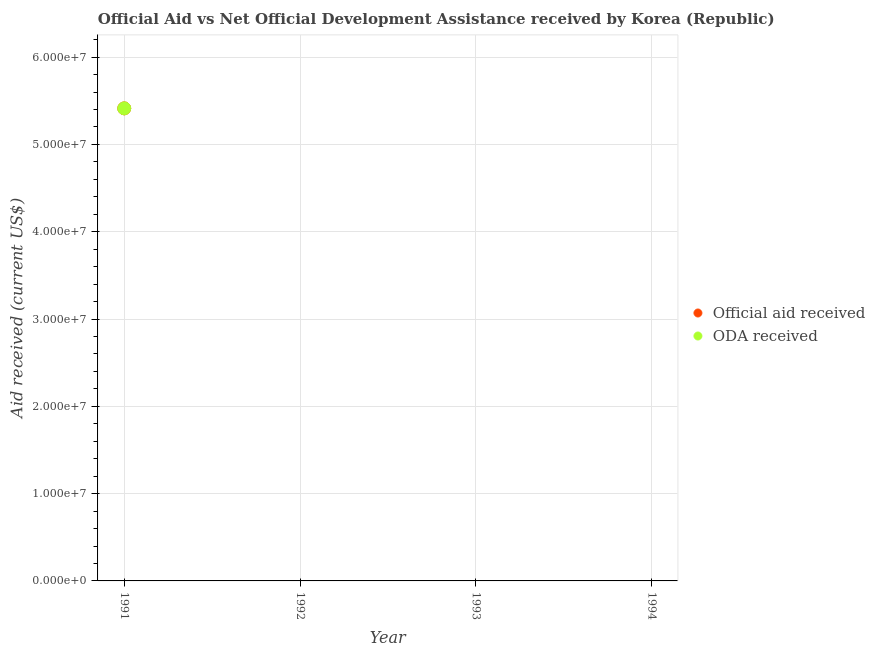
| Year | Official aid received | ODA received |
 | --- | --- | --- |
 | 1991 | 5.41e+07 | 5.41e+07 |
 | 1992 | -3.1e+06 | -3.1e+06 |
 | 1993 | -3.51e+07 | -3.51e+07 |
 | 1994 | -1.14e+08 | -1.14e+08 |